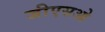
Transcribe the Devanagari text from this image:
जीएसओ